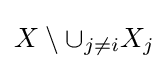
X\setminus \cup _{j\neq i}X_{j}